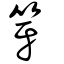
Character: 笌